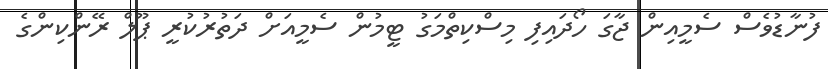
ފުނާޑުވެސް ސެމީއިން ޖާގަ ހޯދައިފި މިސްކިތްމަގު ޓީމުން ސެމީއަށް ދަތުރުކުރީ ޕޫލް ރޭންކިންގެ